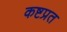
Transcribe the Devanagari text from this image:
कष्टप्रत